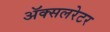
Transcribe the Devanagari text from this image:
ॲक्सलरेटर